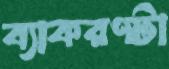
ব্যাকরণটা